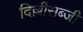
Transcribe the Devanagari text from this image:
दिल्लीसब्जी